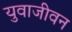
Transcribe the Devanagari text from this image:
युवाजीवन